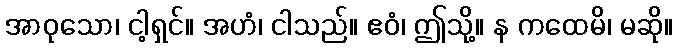
အာဝုသော၊ ငါ့ရှင်။ အဟံ၊ ငါသည်။ ဧဝံ၊ ဤသို့။ န ကထေမိ၊ မဆို။